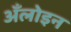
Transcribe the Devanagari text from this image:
अँलोइन